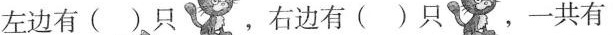
08左边有( )只 ，右边有( )只 一共有